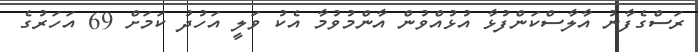
ރަސްގެފާނު އާލާސްކަންފުޅާ އުޅުއްވުން އާންމުވުމާ އެކު ވަލީ އަހުދު ކަމަށް 69 އަހަރުގެ